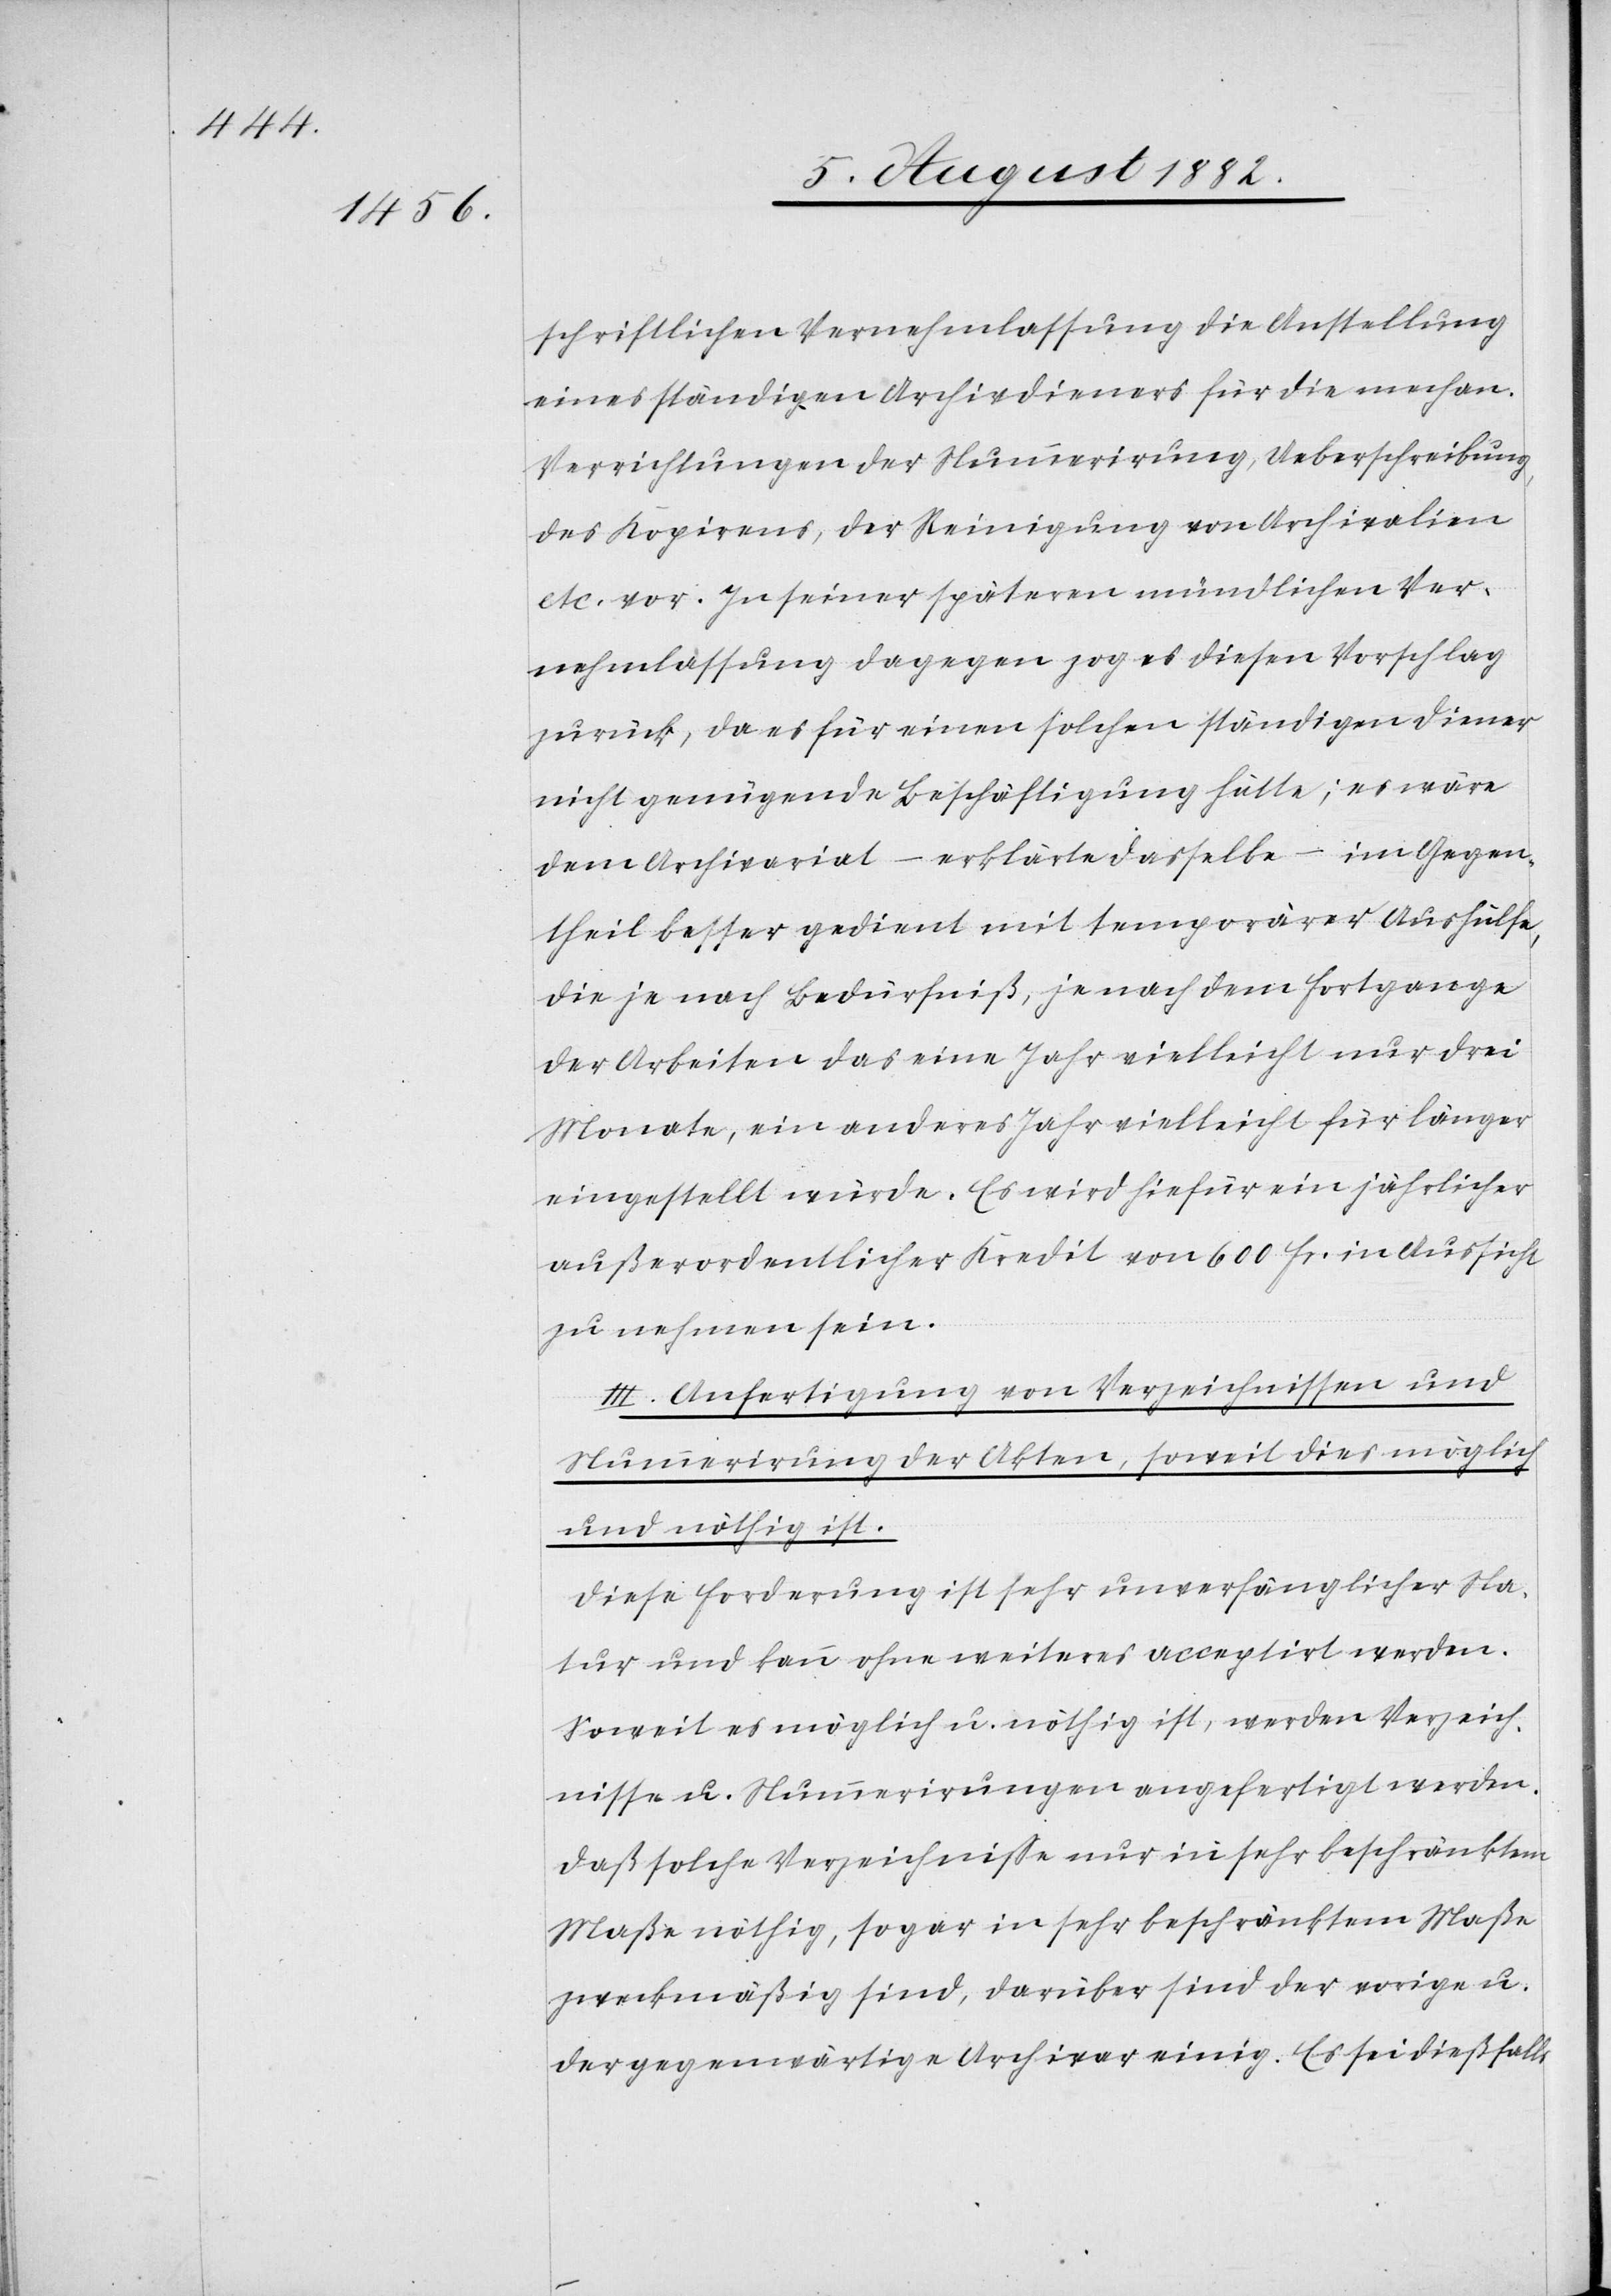
schriftlichen Vernehmlassung die Anstellung
eines ständigen Archivdieners für die mechan.
Verrichtungen der Nummerirung, Ueberschreibung,
des Kopirens, der Reinigung von Archivalien
etc. vor. In seiner spätern mündlichen Ver¬
nehmlassung dagegen zog es diesen Vorschlag
zurück, da es für einen solchen ständigen Diener
nicht genügende Beschäftigung hätte; es wäre
dem Archivariat – erklärte dasselbe – im Gegen¬
theil besser gedient mit temporärer Aushülfe,
die je nach Bedürfniß, je nach dem Fortgange
der Arbeiten das eine Jahr vielleicht nur drei
Monate, ein anderes Jahr vielleicht für länger
eingestellt würde. Es wird hiefür ein jährlicher
außerordentlicher Kredit von 600 Fr. in Aussicht
zu nehmen sein.
III. Anfertigung von Verzeichnissen und
Nummerirung der Akten, soweit dies möglich
und nöthig ist.
Diese Forderung ist sehr unverfänglicher Na¬
tur und kann ohne weiteres acceptirt werden.
Soweit es möglich u. nöthig ist, werden Verzeich¬
nisse u. Nummerirungen angefertigt werden.
Daß solche Verzeichniße nur in sehr beschränktem
Maße nöthig, sogar in sehr beschränktem Maße
zweckmäßig sind, darüber sind der vorige u.
der gegenwärtige Archivar einig. Es sei dießfalls